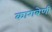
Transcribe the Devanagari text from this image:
कागबेणी